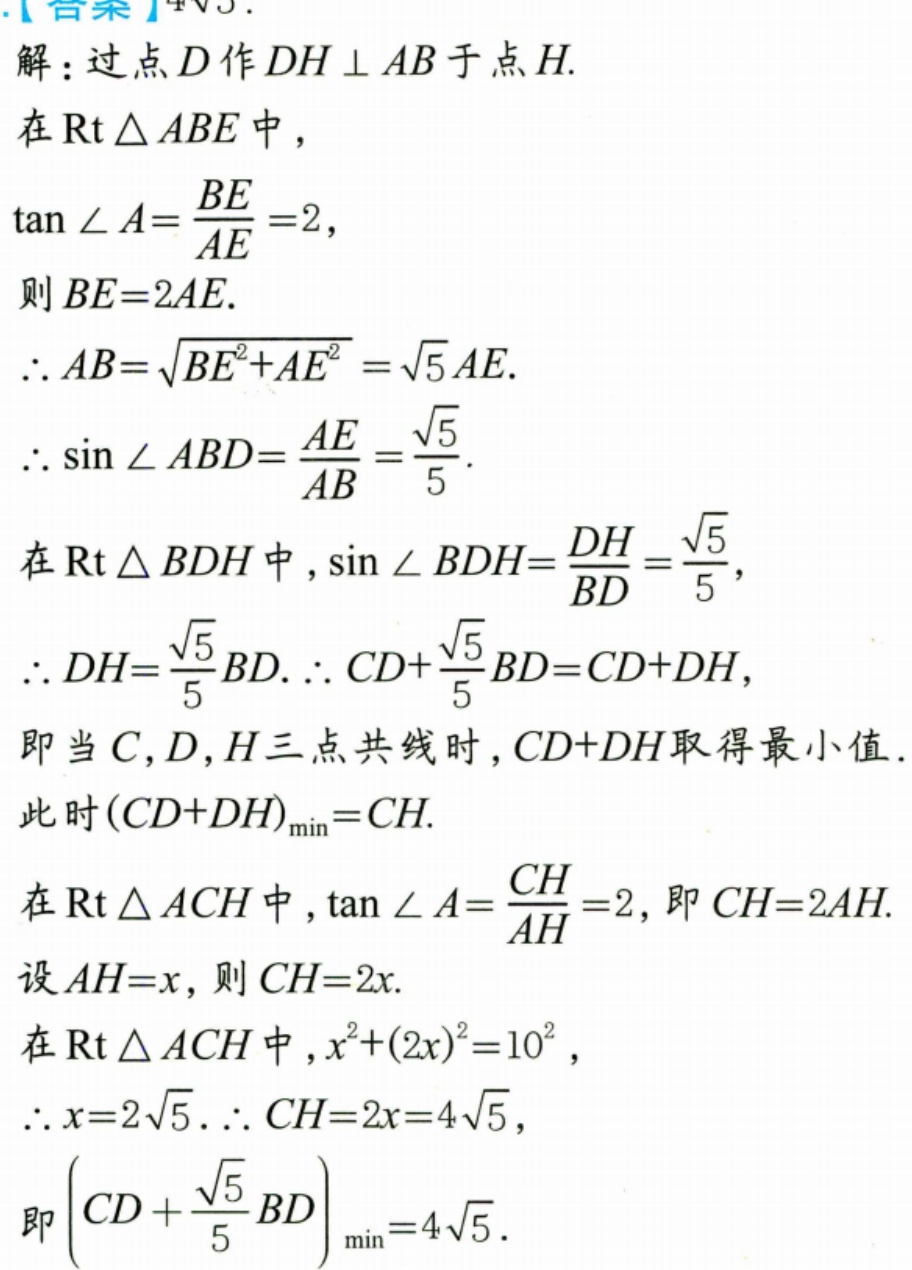
解：过点\(D\)作\(DH\perp AB\)于点\(H\).
在\(\text{Rt}\triangle ABE\)中，
\(\tan\angle A = \frac{BE}{AE}=2\)，
则\(BE = 2AE\).
\(\therefore AB=\sqrt{BE^{2}+AE^{2}}=\sqrt{5}AE\).
\(\therefore \sin\angle ABD=\frac{AE}{AB}=\frac{\sqrt{5}}{5}\).
在\(\text{Rt}\triangle BDH\)中，\(\sin\angle BDH=\frac{DH}{BD}=\frac{\sqrt{5}}{5}\)，
\(\therefore DH = \frac{\sqrt{5}}{5}BD\). \(\therefore CD+\frac{\sqrt{5}}{5}BD=CD + DH\)，
即当\(C\)，\(D\)，\(H\)三点共线时，\(CD + DH\)取得最小值．
此时\((CD + DH)_{\min}=CH\).
在\(\text{Rt}\triangle ACH\)中，\(\tan\angle A=\frac{CH}{AH}=2\)，即\(CH = 2AH\).
设\(AH = x\)，则\(CH = 2x\).
在\(\text{Rt}\triangle ACH\)中，\(x^{2}+(2x)^{2}=10^{2}\)，
\(\therefore x = 2\sqrt{5}\). \(\therefore CH = 2x = 4\sqrt{5}\)，
即\(\left(CD+\frac{\sqrt{5}}{5}BD\right)_{\min}=4\sqrt{5}\).